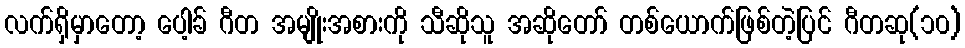
လက်ရှိမှာတော့ ပေါ့ခ် ဂီတ အမျိုးအစားကို သီဆိုသူ အဆိုတော် တစ်ယောက်ဖြစ်တဲ့ပြင် ဂီတဆု(၁၀)